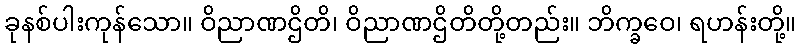
ခုနစ်ပါးကုန်သော။ ဝိညာဏဌိတိ၊ ဝိညာဏဌိတိတို့တည်း။ ဘိက္ခဝေ၊ ရဟန်းတို့။